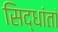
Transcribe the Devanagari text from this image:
सिद्धांतां